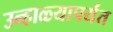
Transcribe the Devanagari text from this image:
उन्हाळ्यापर्यंत